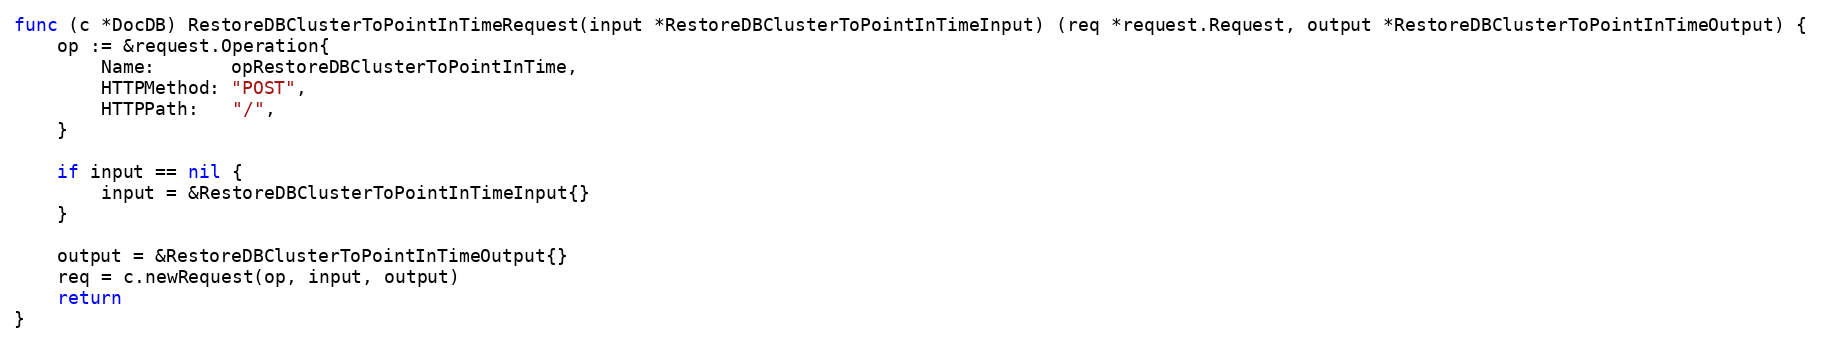
Language: Go
func (c *DocDB) RestoreDBClusterToPointInTimeRequest(input *RestoreDBClusterToPointInTimeInput) (req *request.Request, output *RestoreDBClusterToPointInTimeOutput) {
	op := &request.Operation{
		Name:       opRestoreDBClusterToPointInTime,
		HTTPMethod: "POST",
		HTTPPath:   "/",
	}

	if input == nil {
		input = &RestoreDBClusterToPointInTimeInput{}
	}

	output = &RestoreDBClusterToPointInTimeOutput{}
	req = c.newRequest(op, input, output)
	return
}